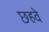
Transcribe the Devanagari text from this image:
छहवे